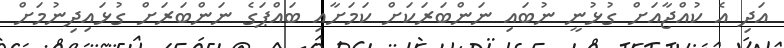
އަދި އެ ކުއްޖާއަށް ގުޅުނީ ނުބައި ނަންބަރަކަށް ކަމަށާއި ބައްޕަގެ ނަންބަރަށް ގުޅައިދިނުމަށް